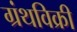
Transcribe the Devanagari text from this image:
ग्रंथविक्री